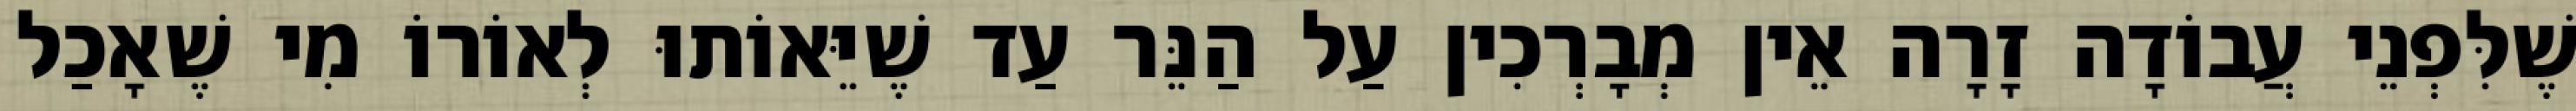
שֶׁלִּפְנֵי עֲבוֹדָה זָרָה אֵין מְבָרְכִין עַל הַנֵּר עַד שֶׁיֵּאוֹתוּ לְאוֹרוֹ מִי שֶׁאָכַל